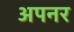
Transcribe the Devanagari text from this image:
अपनर